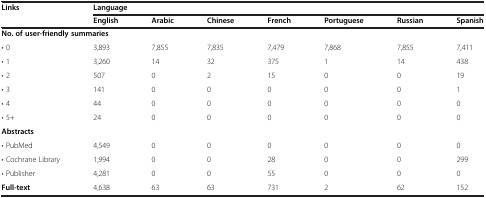
| <ROWSPAN=2> Links | <COLSPAN=7> Language |
 | English | Arabic | Chinese | French | Portuguese | Russian | Spanish |
 | --- | --- | --- | --- | --- | --- | --- | --- |
 | <COLSPAN=8> No. of user-friendly summaries |
 | • 0 | 3,893 | 7,855 | 7,835 | 7,479 | 7,868 | 7,855 | 7,411 |
 | • 1 | 3,260 | 14 | 32 | 375 | 1 | 14 | 438 |
 | • 2 | 507 | 0 | 2 | 15 | 0 | 0 | 19 |
 | • 3 | 141 | 0 | 0 | 0 | 0 | 0 | 1 |
 | • 4 | 44 | 0 | 0 | 0 | 0 | 0 | 0 |
 | • 5+ | 24 | 0 | 0 | 0 | 0 | 0 | 0 |
 | <COLSPAN=8> Abstracts |
 | • PubMed | 4,549 | 0 | 0 | 0 | 0 | 0 | 0 |
 | • Cochrane Library | 1,994 | 0 | 0 | 28 | 0 | 0 | 299 |
 | • Publisher | 4,281 | 0 | 0 | 55 | 0 | 0 | 0 |
 | Full-text | 4,638 | 63 | 63 | 731 | 2 | 62 | 152 |